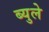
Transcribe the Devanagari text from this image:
ब्युले